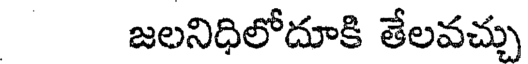
జలనిధిలోదూకి తేలవచ్చు